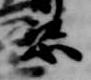
恣